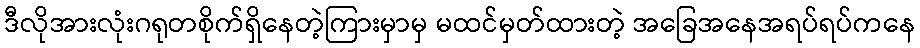
ဒီလိုအားလုံးဂရုတစိုက်ရှိနေတဲ့ကြားမှာမှ မထင်မှတ်ထားတဲ့ အခြေအနေအရပ်ရပ်ကနေ